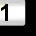
Digit: 1